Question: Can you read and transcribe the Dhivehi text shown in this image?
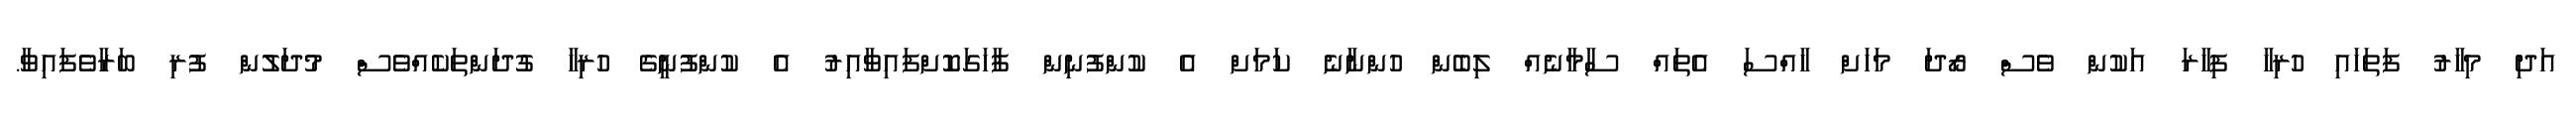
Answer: އަދި މިހާރު ފަތަހައި ހުރިހާ ފިހާރަ އަކުން ވެސް ރޯދަ މަހަށް ހާއްސަ އެތައް ސާމާނެއް ލިބެން ހުންނާނެ ކަމަށް އެ ކުންފުނިން ފާހަގަކޮށްފައިވާއިރު އެ ކުންފުނީގެ ހުރިހާ ގުދަންތަކެއްވެސް މުދަލުން ފުރި ބަރާވެފައިވާ.